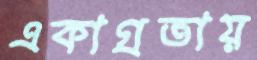
একাগ্রতায়